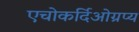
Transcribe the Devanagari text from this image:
एचोकर्दिओग्रप्य